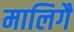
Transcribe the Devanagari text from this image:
मालिगै